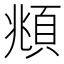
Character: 頫